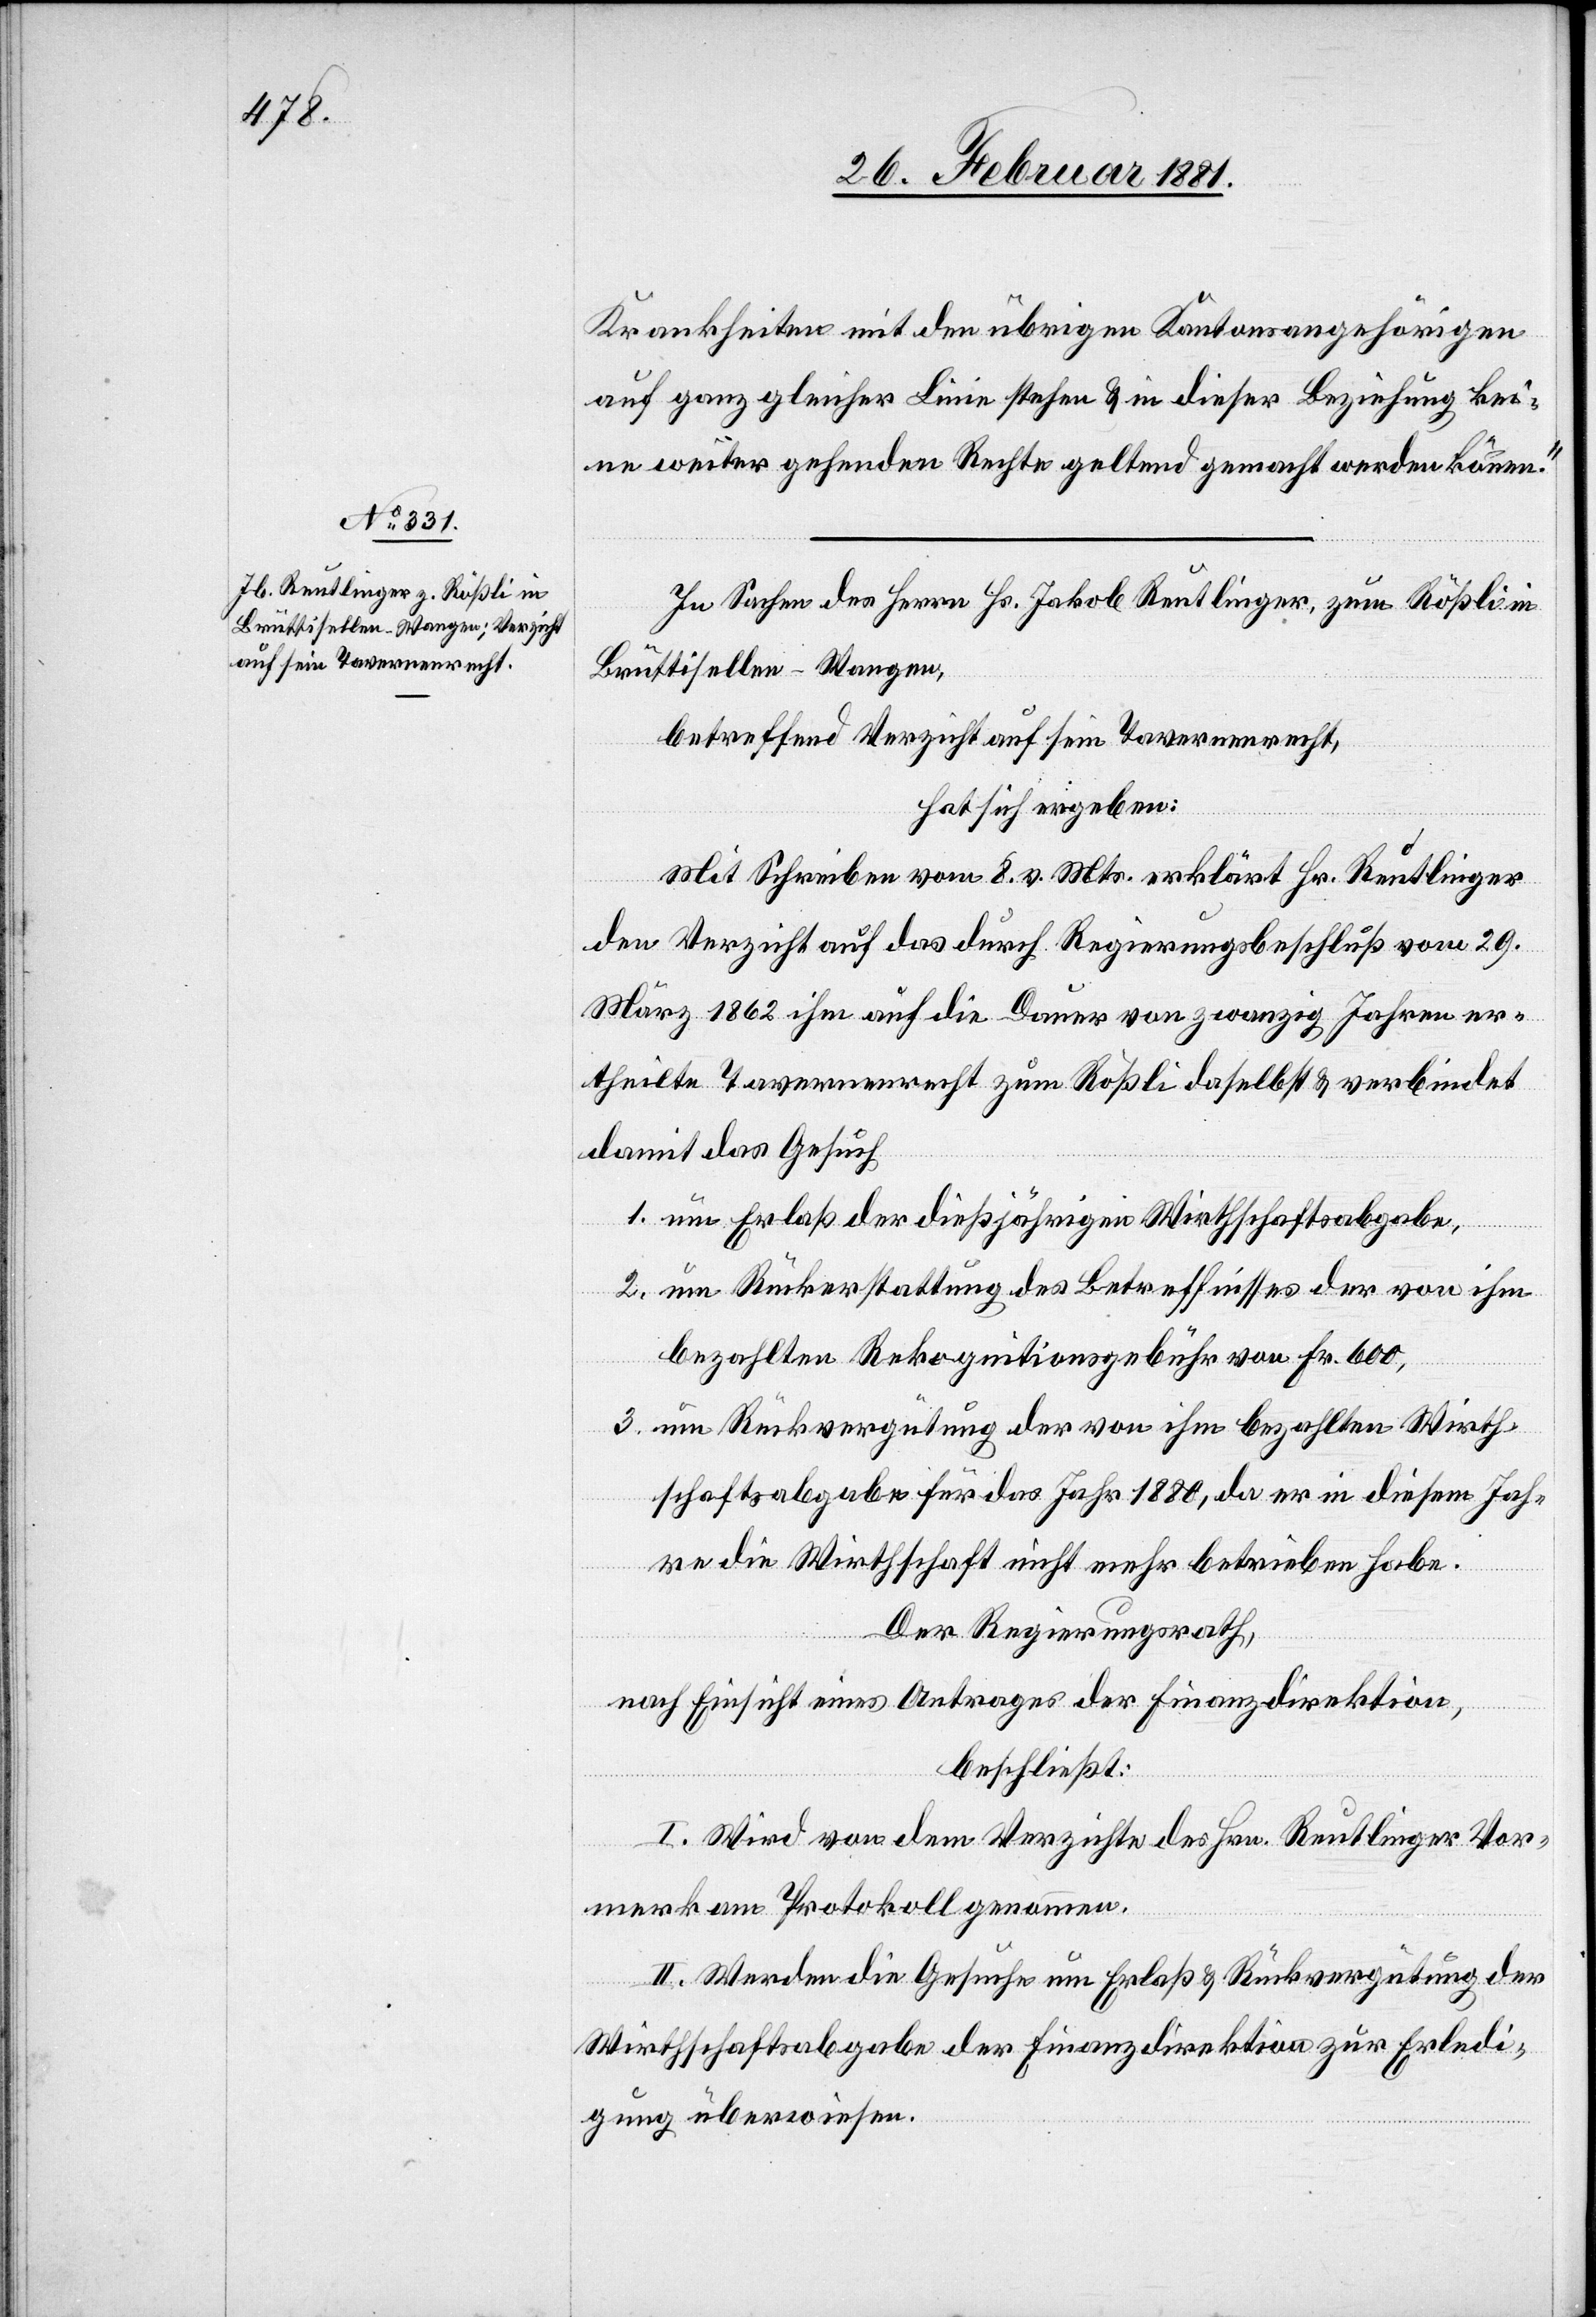
Krankheiten mit den übrigen Kantonsangehörigen
auf ganz gleicher Linie stehen & in dieser Beziehung kei¬
ne weiter gehenden Rechte geltend gemacht werden können.“
In Sachen des Herrn Hs. Jakob Reutlinger, zum Rößli in
Brüttisellen - Wangen,
betreffend Verzicht auf sein Tavernenrecht,
hat sich ergeben:
Mit Schreiben vom 8. v. Mts. erklärt Hr. Reutlinger
den Verzicht auf das durch Regierungsbeschluß vom 29.
März 1862 ihm auf die Dauer von zwanzig Jahren er¬
theilte Tavernenrecht zum Rößli daselbst & verbindet
damit das Gesuch
1. um Erlaß der dießjährigen Wirthschaftsabgabe,
2. um Rückerstattung des Betreffnisses der von ihm
bezahlten Rekognitionsgebühr von Fr. 600,
3. um Rückvergütung der von ihm bezahlten Wirth¬
schaftsabgabe für das Jahr 1880, da er in diesem Jah¬
re die Wirthschaft nicht mehr betrieben habe.
Der Regierungsrath,
nach Einsicht eines Antrage der Finanzdirektion,
beschließt:
I. Wird von dem Verzichte des Hrn. Reutlinger Vor¬
merk am Protokoll genommen.
II. Werden die Gesuche um Erlaß & Rückvergütung der
Wirthschaftsabgabe der Finanzdirektion zur Erledi¬
gung überwiesen.